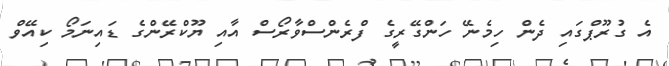
އެ ގުރޫޕްގައި ދެން ހިމެނޭ ހަންގޭރީގެ ފްރެންސްވާރޯސް އާއި ޔޫކްރޭންގެ ޑައިނަމޯ ކިއޭވް